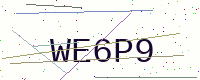
Text: WE6P9